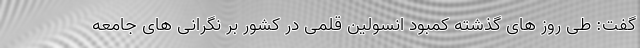
گفت: طی روز های گذشته کمبود انسولین قلمی در کشور بر نگرانی های جامعه